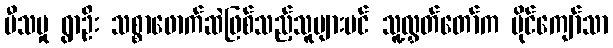
ပီသမှု ရွာဦး သစ္စာဖောက်ဆဲဖြစ်သည့်သူများပင် သူ့လွှတ်တော်က မိုင်ကျော်သာ